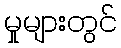
မှုများတွင်